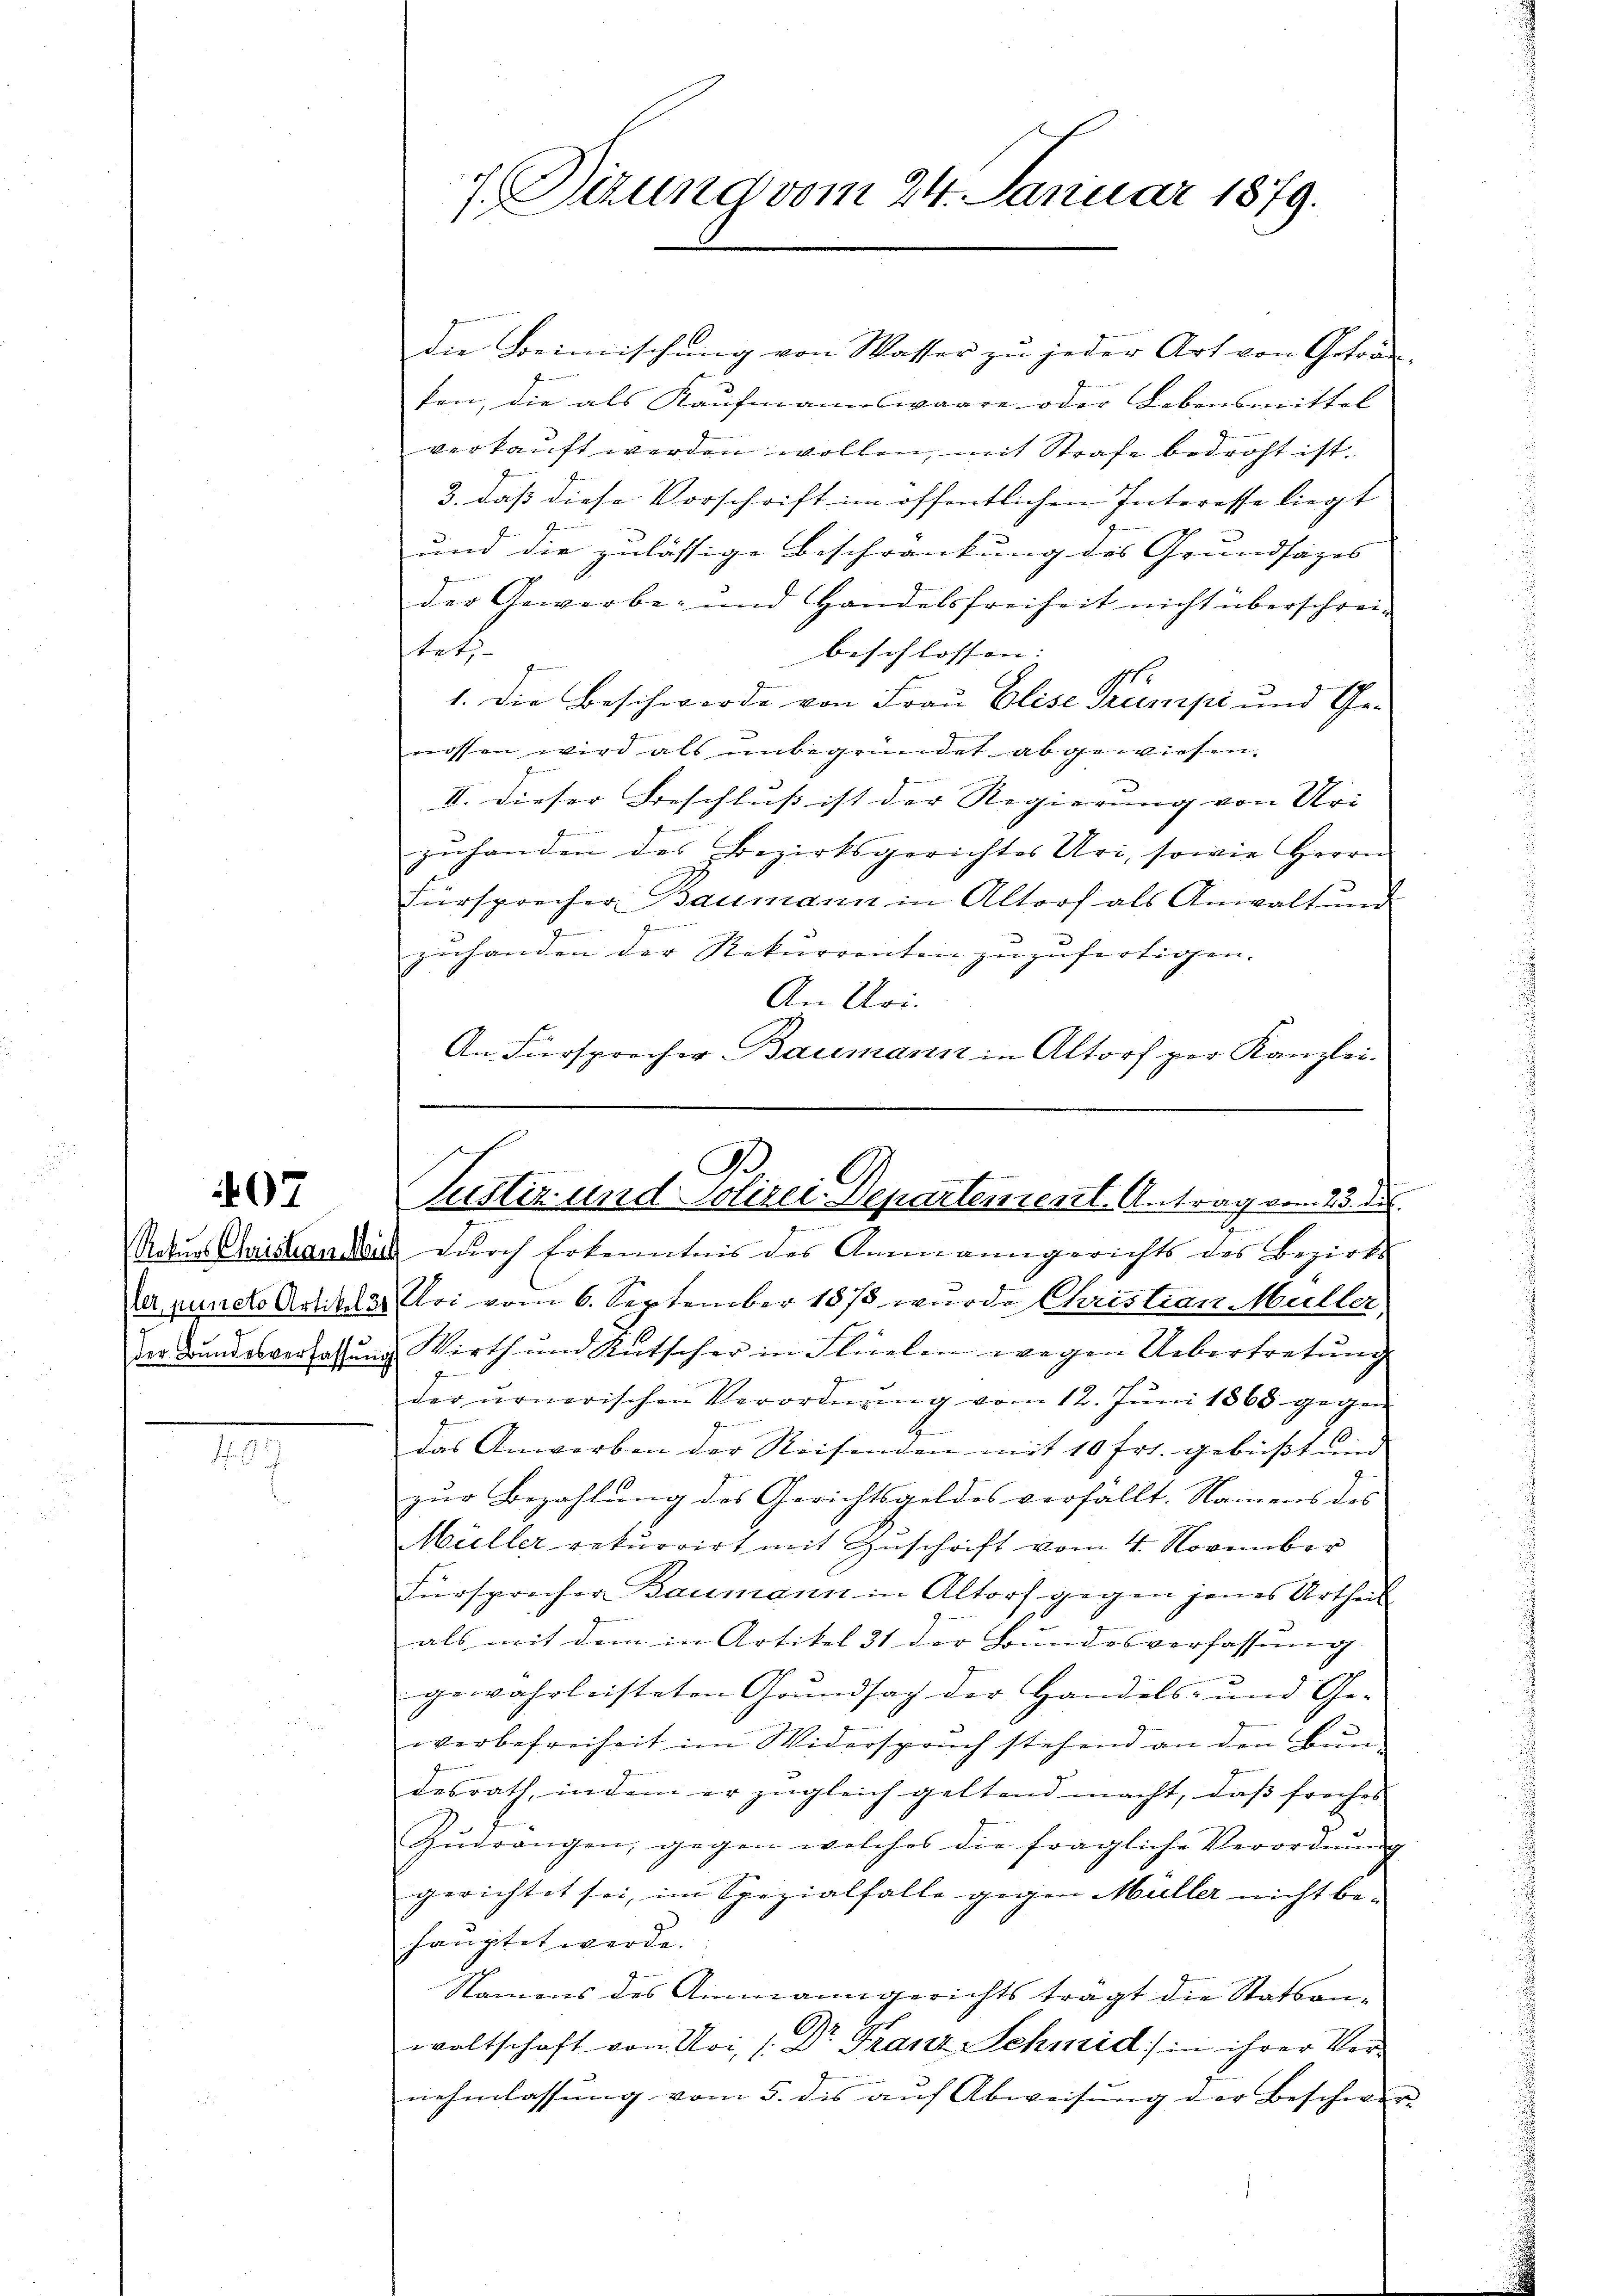
407

Ratus Christander
ler, puncto Artikel
r

1

7. Tirung vom 24. Januar 1879.

die Beimischung von Wasser zu jeder Art von Geträu-
ken, die als Kaufmannswaare oder Lebensmittel
verkauft werden wollen, mit Strafe bedroht ist.
3. daß diese Vorschrift im öffentlichen Interesse liegt
und die zulässige Beschränkung des Grundsäzes
der Gewerbe- und Handelsfreiheit nicht überschreiteth
beschlossen |
1. Die Beschwerde von Frau Elise Krumpi und Genossen wird als unbegründet abgewiesen.
II. Dieser Beschluss ist der Regierung von Uri
zŭhanden des Bezirksgerichtes Uri, sowie Herrn
Fürsprecher Baumann in Altorf als Anwaltŭng
gehanden der Rekurrenten zuzufertigen.
An Uri.
An Fürsprecher Baumann in Altorf per Kanzlei.
u durch Erkenntnis des Ammanngerichts des Bezirks
2. Uri vom 6. September 1873 wurde Christian Müller,
der Bundesversatzung Wirth und Rutscher in Flüelen wegen Uebertretung
derurnerischen Verordnung vom 12. Juni 1868 gegen
das Anwerben der Reisenden mit 10 Fr. gebüßt und
zur Bezahlung des Gerichtsgeldes verfällt. Namens des
Müller rekurrirt mit Geschrift vom 4. November
Fürsprechen Baumann in Altorf gegen jenes Urtheil
als mit dem in Artikel 31 der Bundesverfassŭng
gewahrleisteten Grŭndsag der Handels- und Ge-
verbefreiheit im Widerspruch stehend an den Bundesrath, indem er zugleich geltend macht, das freihes
Zŭdrangen, gegen welches die fragliche Verordnŭng
gerichtet sei, im Spezialfalle gegen Müller nicht be-
hauptet werde.
Namens des Ammann gerichts tragt die Statsan-
waltschaft von Uri (Dr. Granz Schmid in ihrer Vernehmlassung vom 5. des auf Abweisung der Beschwer

rnennungen
I
Pustiz und Polizei-Departement. Antrag vom 23. des
7